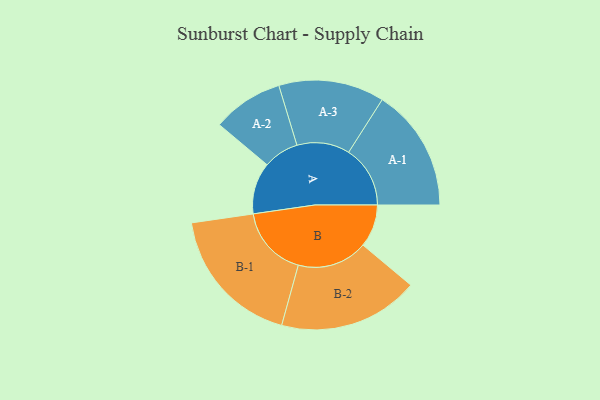
{"axis": {"x": "Segment", "y": "Value"}, "legend": ["", "A", "B"], "data": [{"x": "A", "y": 208, "type": ""}, {"x": "B", "y": 172, "type": ""}, {"x": "A-1", "y": 248, "type": "A"}, {"x": "A-2", "y": 143, "type": "A"}, {"x": "A-3", "y": 213, "type": "A"}, {"x": "B-1", "y": 286, "type": "B"}, {"x": "B-2", "y": 283, "type": "B"}]}